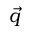
\vec { q }